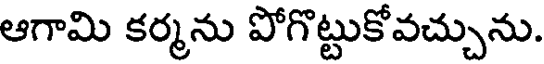
ఆగామి కర్మను పోగొట్టుకోవచ్చును.